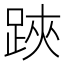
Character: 𨁂